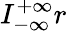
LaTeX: I_{-\infty}^{+\infty}r